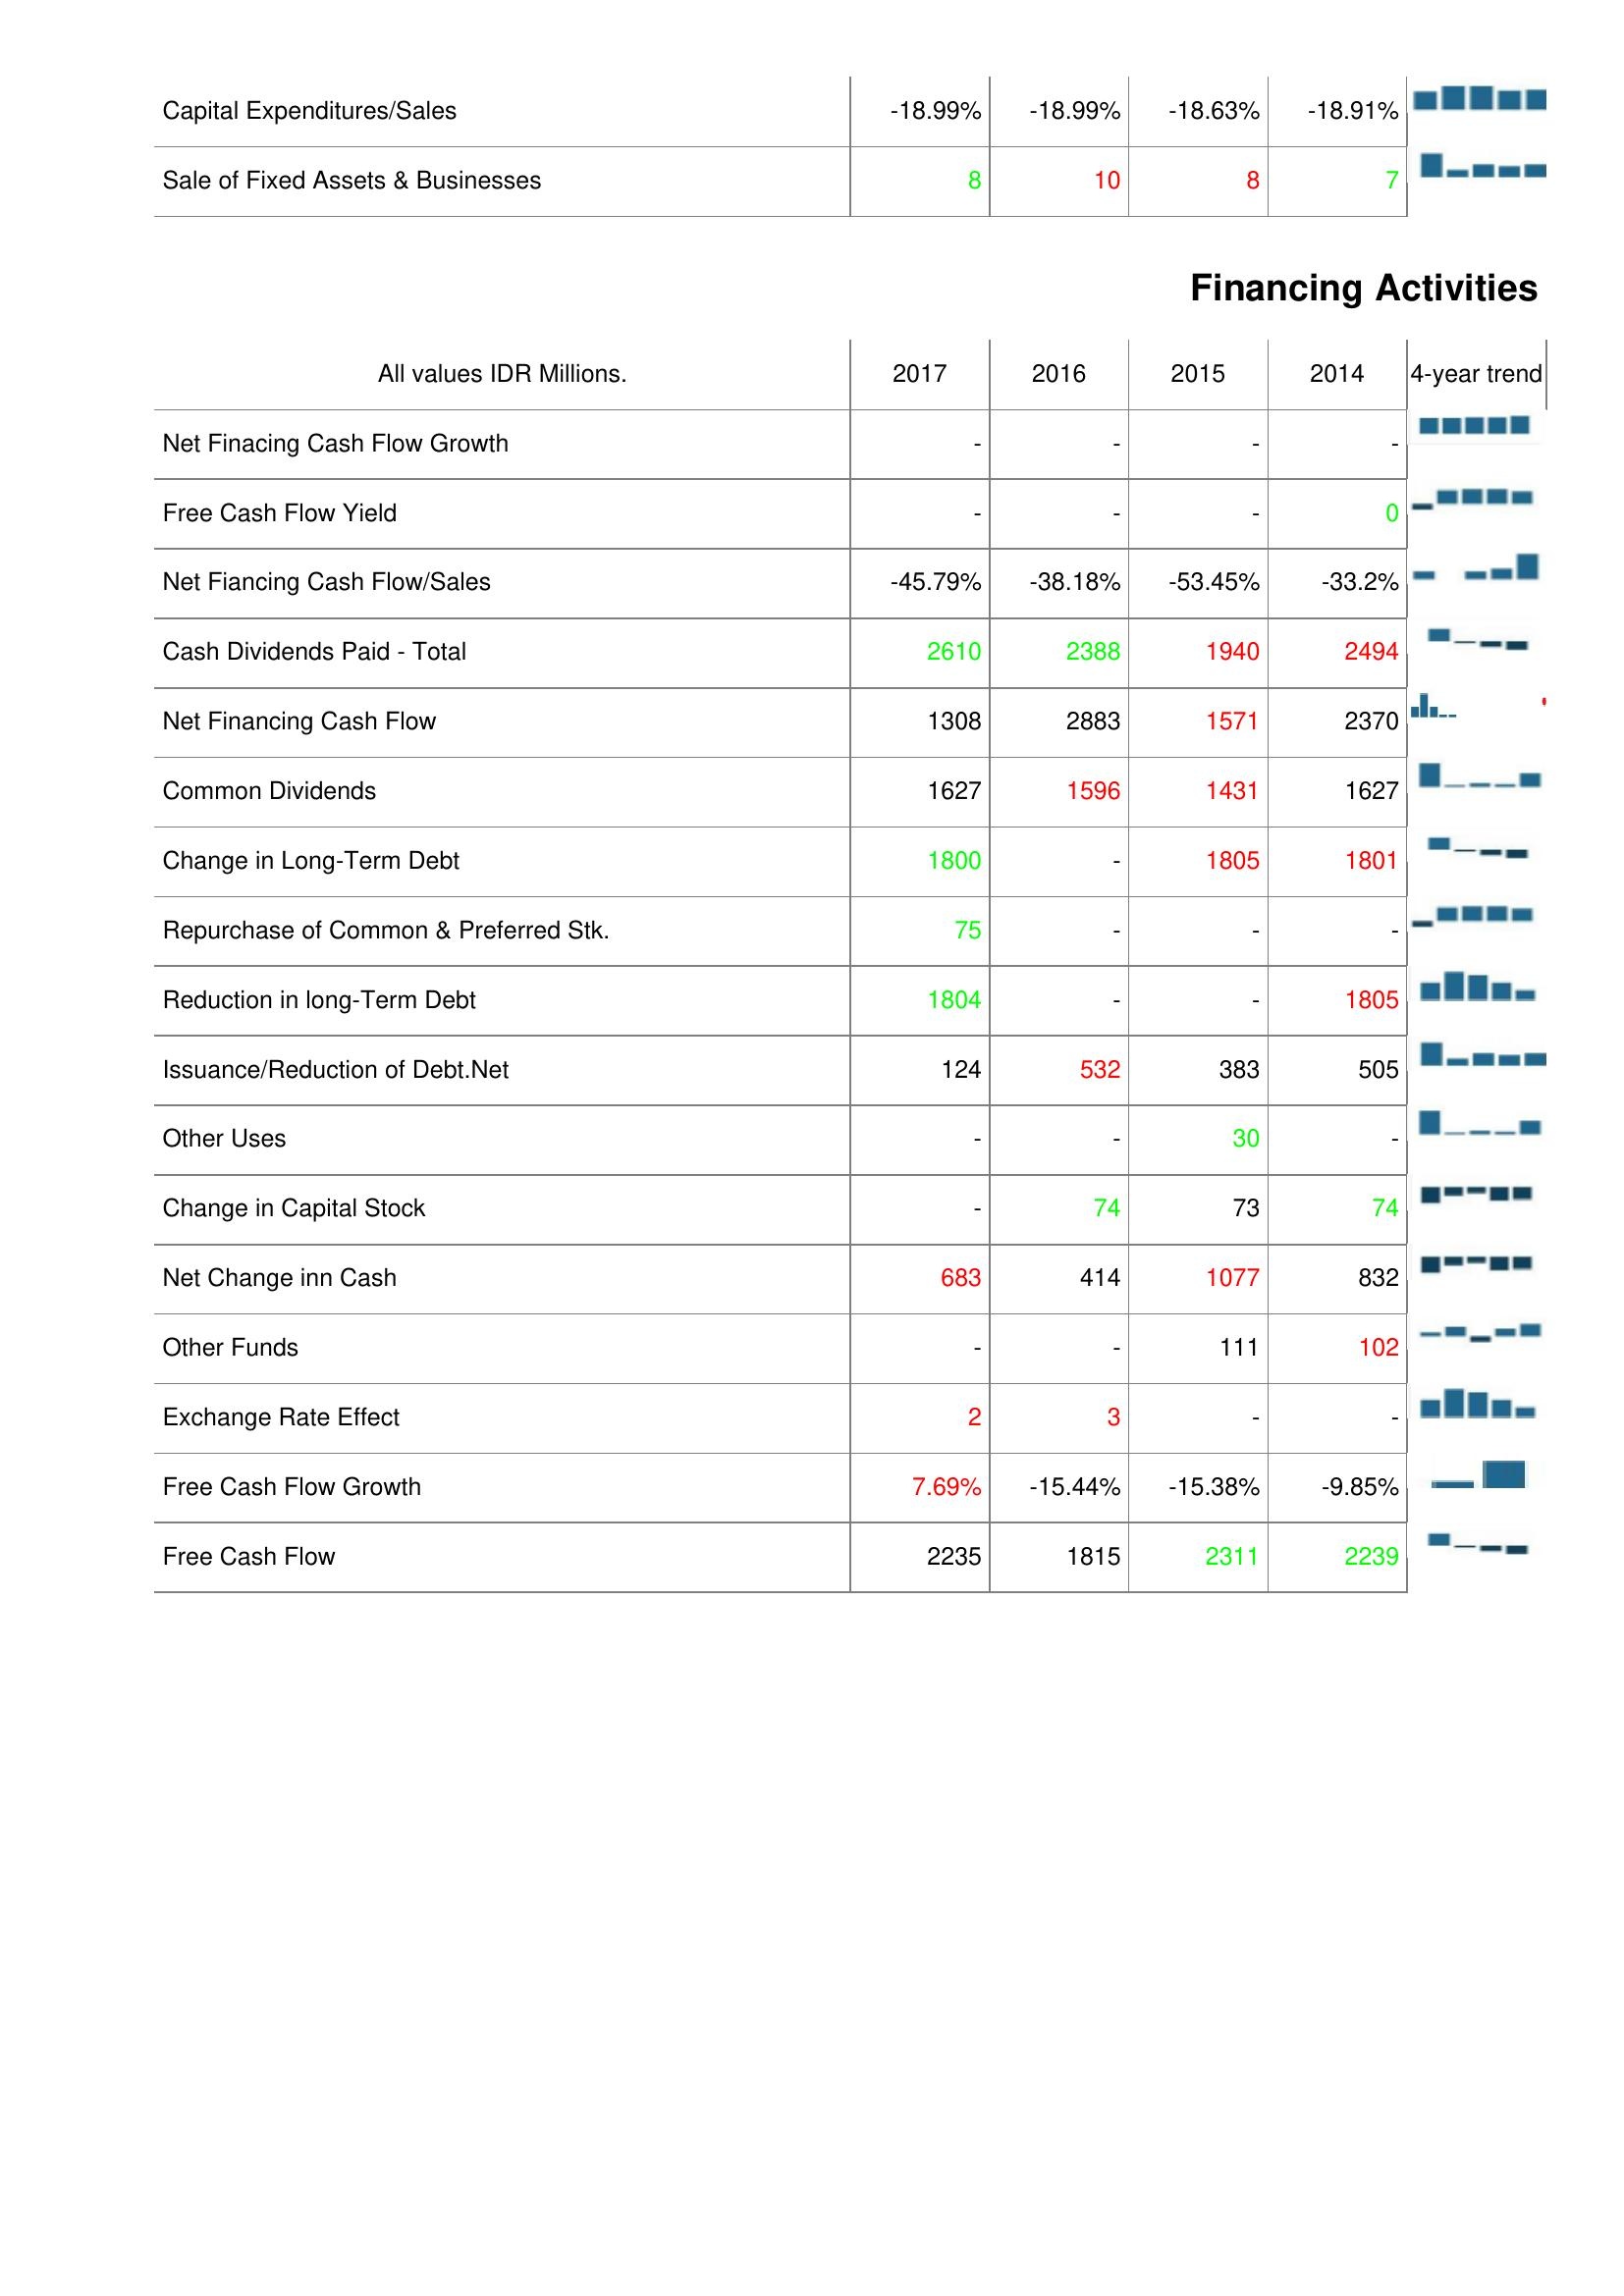
2017: Investing Activities: Capital Expenditures/Sales: -18.99%
Sale of Fixed Assets & Businesses: 8
Financing Activities: Net Finacing Cash Flow Growth: -
Free Cash Flow Yield: -
Net Fiancing Cash Flow/Sales: -45.79%
Cash Dividends Paid - Total: 2610
Net Financing Cash Flow: 1308
Common Dividends: 1627
Change in Long-Term Debt: 1800
Repurchase of Common & Preferred Stk.: 75
Reduction in long-Term Debt: 1804
Issuance/Reduction of Debt.Net: 124
Other Uses: -
Change in Capital Stock: -
Net Change inn Cash: 683
Other Funds: -
Exchange Rate Effect: 2
Free Cash Flow Growth: 7.69%
Free Cash Flow: 2235
2016: Investing Activities: Capital Expenditures/Sales: -18.99%
Sale of Fixed Assets & Businesses: 10
Financing Activities: Net Finacing Cash Flow Growth: -
Free Cash Flow Yield: -
Net Fiancing Cash Flow/Sales: -38.18%
Cash Dividends Paid - Total: 2388
Net Financing Cash Flow: 2883
Common Dividends: 1596
Change in Long-Term Debt: -
Repurchase of Common & Preferred Stk.: -
Reduction in long-Term Debt: -
Issuance/Reduction of Debt.Net: 532
Other Uses: -
Change in Capital Stock: 74
Net Change inn Cash: 414
Other Funds: -
Exchange Rate Effect: 3
Free Cash Flow Growth: -15.44%
Free Cash Flow: 1815
2015: Investing Activities: Capital Expenditures/Sales: -18.63%
Sale of Fixed Assets & Businesses: 8
Financing Activities: Net Finacing Cash Flow Growth: -
Free Cash Flow Yield: -
Net Fiancing Cash Flow/Sales: -53.45%
Cash Dividends Paid - Total: 1940
Net Financing Cash Flow: 1571
Common Dividends: 1431
Change in Long-Term Debt: 1805
Repurchase of Common & Preferred Stk.: -
Reduction in long-Term Debt: -
Issuance/Reduction of Debt.Net: 383
Other Uses: 30
Change in Capital Stock: 73
Net Change inn Cash: 1077
Other Funds: 111
Exchange Rate Effect: -
Free Cash Flow Growth: -15.38%
Free Cash Flow: 2311
2014: Investing Activities: Capital Expenditures/Sales: -18.91%
Sale of Fixed Assets & Businesses: 7
Financing Activities: Net Finacing Cash Flow Growth: -
Free Cash Flow Yield: 0
Net Fiancing Cash Flow/Sales: -33.2%
Cash Dividends Paid - Total: 2494
Net Financing Cash Flow: 2370
Common Dividends: 1627
Change in Long-Term Debt: 1801
Repurchase of Common & Preferred Stk.: -
Reduction in long-Term Debt: 1805
Issuance/Reduction of Debt.Net: 505
Other Uses: -
Change in Capital Stock: 74
Net Change inn Cash: 832
Other Funds: 102
Exchange Rate Effect: -
Free Cash Flow Growth: -9.85%
Free Cash Flow: 2239